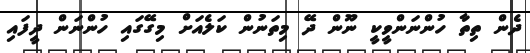
ދެން ތިތާ ހުންނަންވީކީ ނޫން ދޭ މިތަނުން ކަލެއަށް މިގޭގައި ހުންނަން ދީފައި